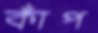
কাঁপ